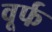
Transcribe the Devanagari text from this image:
वूर्फ